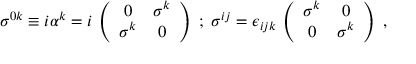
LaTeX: \sigma ^ { 0 k } \equiv i \alpha ^ { k } = i \, \left( \begin{array} { c c } { { 0 } } & { { \sigma ^ { k } } } \\ { { \sigma ^ { k } } } & { { 0 } } \end{array} \right) \; ; \; \sigma ^ { i j } = \epsilon _ { i j k } \, \left( \begin{array} { c c } { { \sigma ^ { k } } } & { { 0 } } \\ { { 0 } } & { { \sigma ^ { k } } } \end{array} \right) \; ,